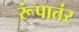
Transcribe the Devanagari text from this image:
रूंपातंर